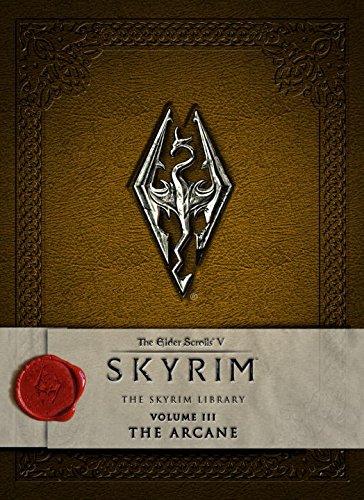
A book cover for The Elder Scrolls V: Skyrim - The Skyrim Library, Vol. III: The Arcane (Elder Scrolls V: the Skyrim Library); Bethesda Softworks; Science Fiction & Fantasy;